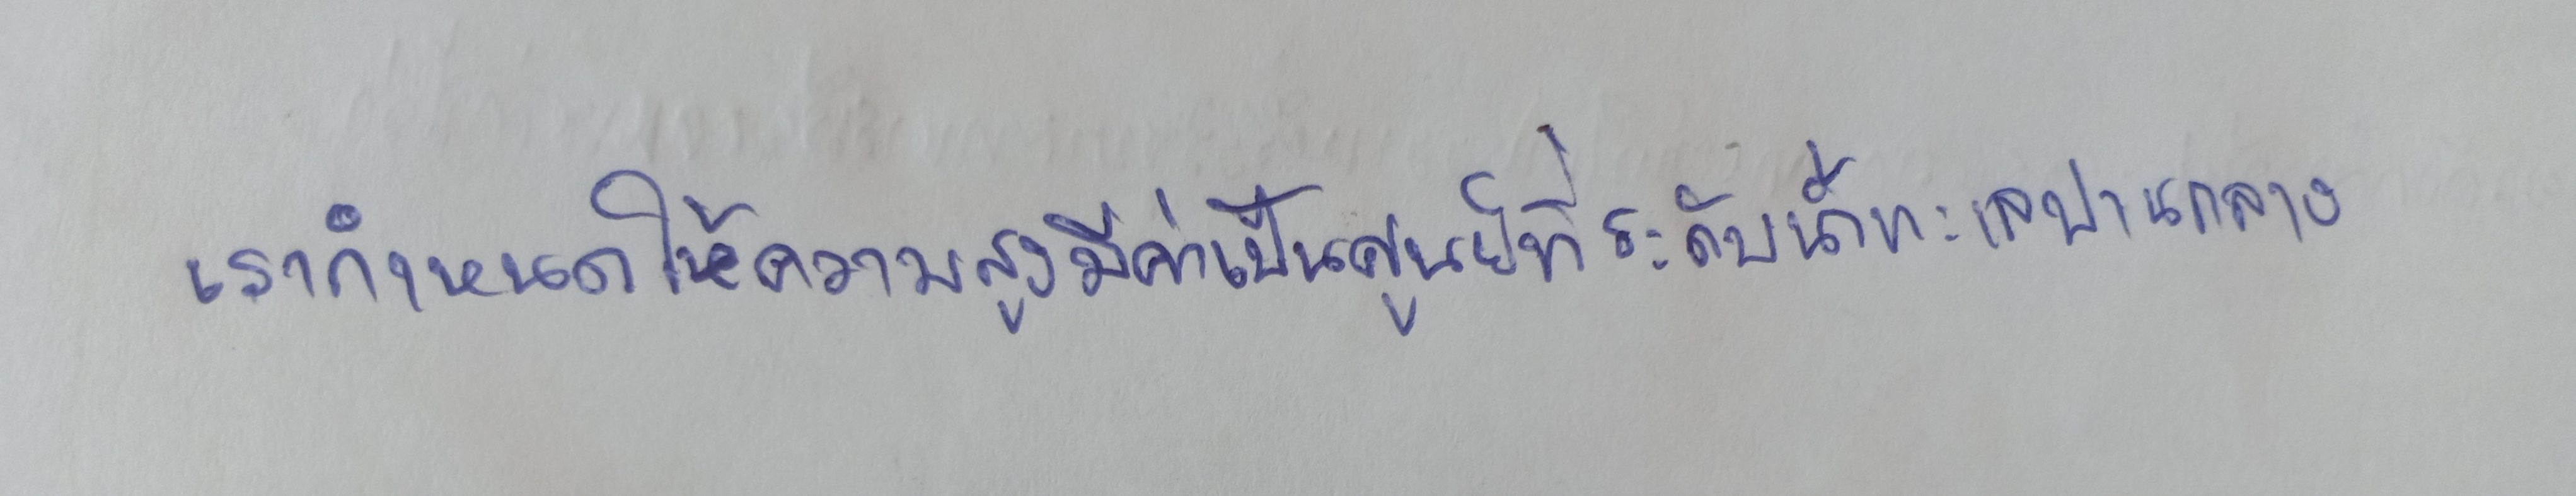
เรากำหนดให้ความสูงมีค่าเป็นศูนย์ที่ระดับน้ำทะเลปานกลาง